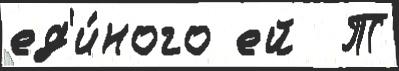
ед'и́ного ей  Т